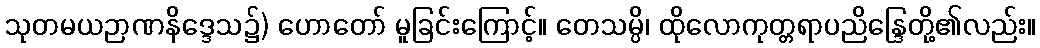
သုတမယဉာဏနိဒ္ဒေသ၌) ဟောတော် မူခြင်းကြောင့်။ တေသမ္ပိ၊ ထိုလောကုတ္တရာပညိန္ဒြေတို့၏လည်း။